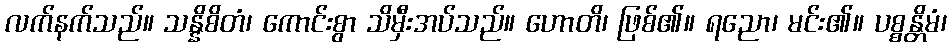
လက်နက်သည်။ သန္နိစိတံ၊ ကောင်းစွာ သိမှီးအပ်သည်။ ဟောတိ၊ ဖြစ်၏။ ရညော၊ မင်း၏။ ပစ္စန္တိမံ၊